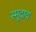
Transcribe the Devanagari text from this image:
स्मूदाय